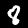
Label: 8